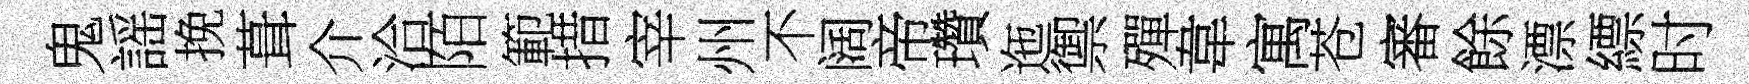
鬼謡挽葺介洽陌範措宰州不阔帝瓚迤禦殫韋寓苍審餘漂縹时